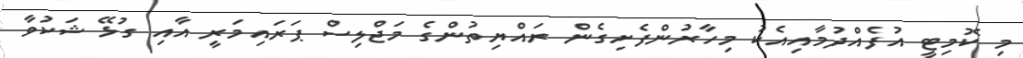
މި ކޮމިޓީ އުފެއްދުމާއިއެކު މިހާރުންފެށިގެން ރައްޔިތުންގެ މަޖްލިސް ޕަރައިމަރީ އާއި ގުޅޭ ޝަކުވާ